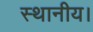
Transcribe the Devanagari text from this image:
स्‍थानीय।